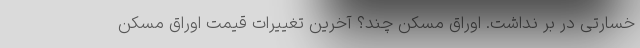
خسارتی در بر نداشت. اوراق مسکن چند؟ آخرین تغییرات قیمت اوراق مسکن